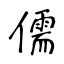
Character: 儒